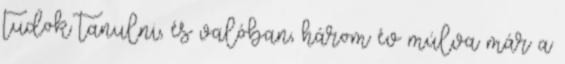
tudok tanulni, és valóban, három év múlva már a